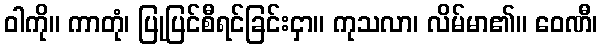
ဝါကို။ ကာတုံ၊ ပြုပြင်စီရင်ခြင်းငှာ။ ကုသလာ၊ လိမ်မာ၏။ ဝေဏီ၊